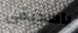
ياصديقى